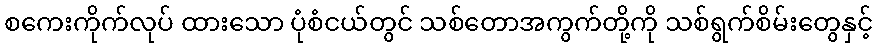
စကေးကိုက်လုပ် ထားသော ပုံစံငယ်တွင် သစ်တောအကွက်တို့ကို သစ်ရွက်စိမ်းတွေနှင့်